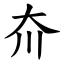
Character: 夼